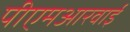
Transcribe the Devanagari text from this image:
पीएमआरवाई